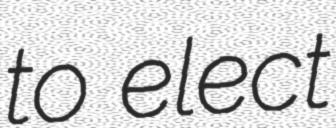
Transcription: to elect